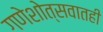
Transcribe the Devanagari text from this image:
गणेशोत्सवातही